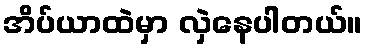
အိပ်ယာထဲမှာ လှဲနေပါတယ်။